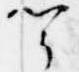
聞